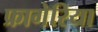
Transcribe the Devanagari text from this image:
फ्रागेरिया